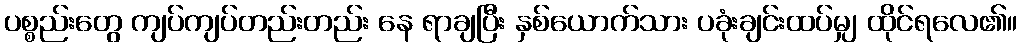
ပစ္စည်းတွေ ကျပ်ကျပ်တည်းတည်း နေ ရာချပြီး နှစ်ယောက်သား ပခုံးချင်းထပ်မျှ ထိုင်ရလေ၏။